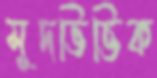
সুদভিত্তিক